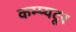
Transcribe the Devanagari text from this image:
कम्प्यटूर